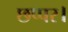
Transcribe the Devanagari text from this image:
छप्पर।